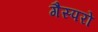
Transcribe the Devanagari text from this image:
गैस्परो